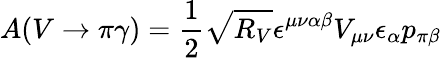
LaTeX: A(V\rightarrow\pi\gamma)={\frac{1}{2}}\sqrt{R_{V}}\epsilon^{\mu\nu\alpha\beta}V_{\mu\nu}\epsilon_{\alpha}p_{\pi\beta}